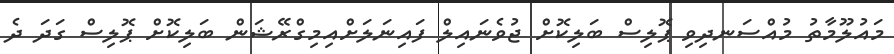
މައުލޫމާތު މުއްސަނދިވި ޕޮލިސް ބަލިކޮށް ޖުވެނައިލް ފައިނަލަށްއިމިގްރޭޝަން ބަލިކޮށް ޕޮލިސް ގަދަ ދެ